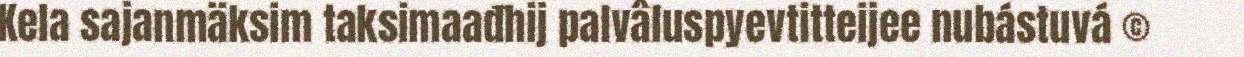
Kela sajanmäksim taksimaađhij palvâluspyevtitteijee nubástuvá ©